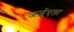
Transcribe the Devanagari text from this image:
जर्ज़ुएला